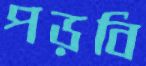
পড়বি